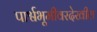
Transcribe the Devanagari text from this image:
पार्श्वभूमीवरदेखील